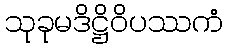
သုခုမဒိဋ္ဌိဝိပဿကံ